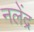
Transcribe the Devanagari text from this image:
नलेंद्र